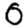
Digit: 0